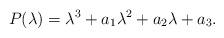
LaTeX: \begin{align*}P(\lambda) = \lambda^{3} + a_{1} \lambda^{2} + a_{2} \lambda + a_{3}.\end{align*}